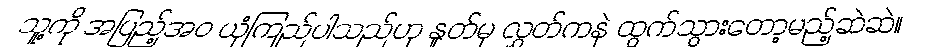
သူ့ကို အပြည့်အဝ ယုံကြည်ပါသည်ဟု နှုတ်မှ လွှတ်ကနဲ ထွက်သွားတော့မည့်ဆဲဆဲ။